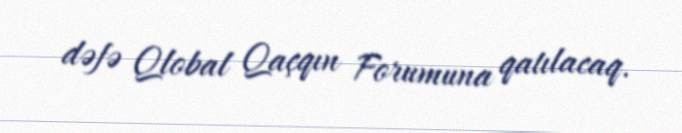
dəfə Qlobal Qaçqın Forumuna qatılacaq.